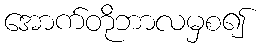
အောက်တိုဘာလမှစ၍